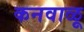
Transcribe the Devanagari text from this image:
कनवाळू